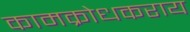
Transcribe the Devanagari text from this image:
कामक्रोधकराय